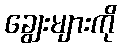
ချွေးများကို